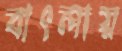
বাৎলায়